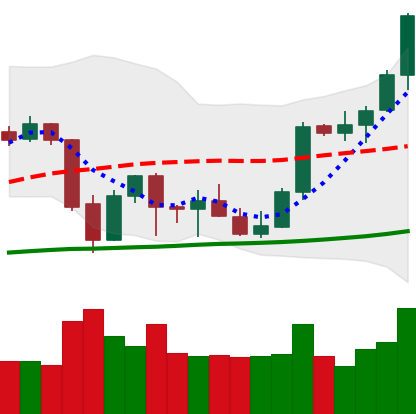
Ticker: BTC-USD
Chart end date: 2021-10-06
Forward return: 3.835%
Label: up_3_5